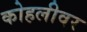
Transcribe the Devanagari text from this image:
कोहलीवर